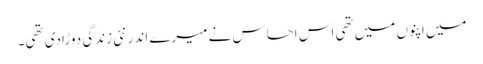
میں اپنوں میں تھی اس احساس نے میرے اندر نئی زندگی دوڑادی تھی۔